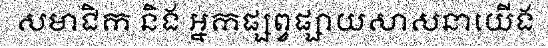
សមាជិក និង អ្នកផ្សព្វផ្សាយសាសនាយើង